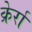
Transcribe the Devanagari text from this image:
क्रेर्रा